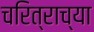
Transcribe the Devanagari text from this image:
चरित्राच्या